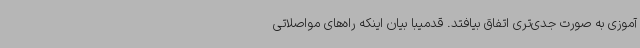
آموزی به صورت جدی‌تری اتفاق بیافتد. قدمیبا بیان اینکه راه‌های مواصلاتی